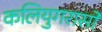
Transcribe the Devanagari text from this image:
कलियुगरासो